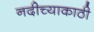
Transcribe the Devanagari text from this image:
नदीच्याकाठी